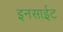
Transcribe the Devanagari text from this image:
इनसाईट